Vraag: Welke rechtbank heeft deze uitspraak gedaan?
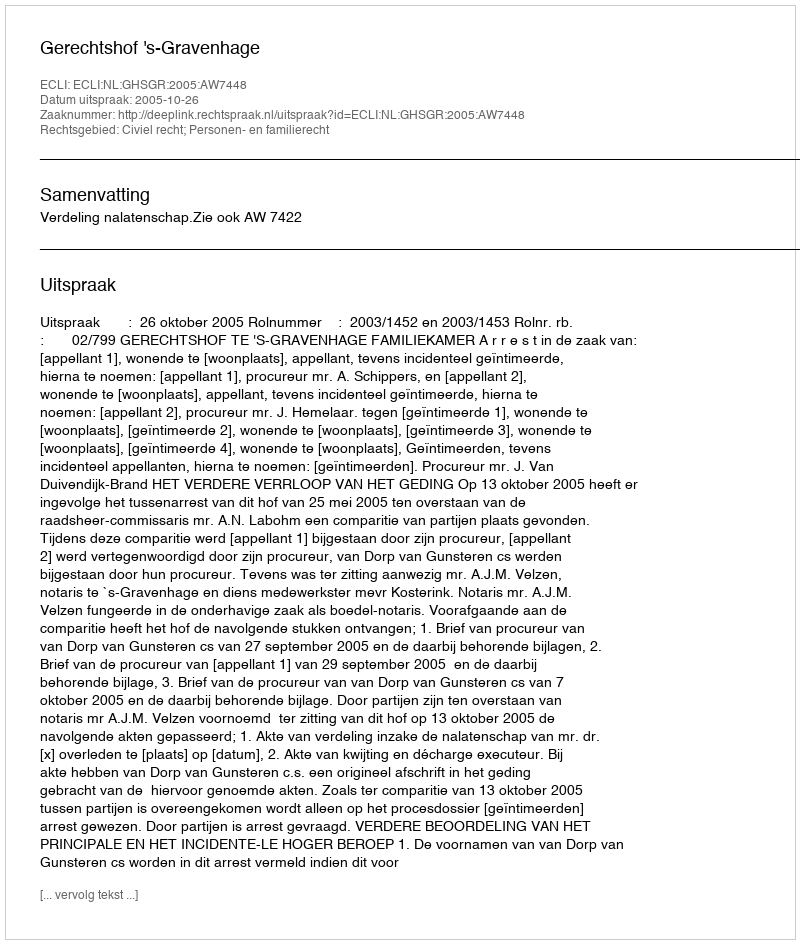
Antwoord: Gerechtshof 's-Gravenhage